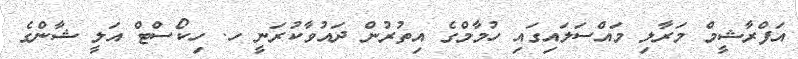
އަފްރާޝީމް މަރާލި މައްސަލައިގައި ހުމާމްގެ އިތުރުން ދައުވާކުރަނީ ހ. ހިކޯސްޓް އަލީ ޝާންގެ